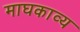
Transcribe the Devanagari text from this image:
माघकाव्य